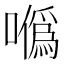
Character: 𠼮